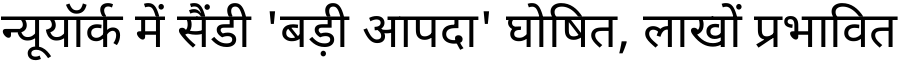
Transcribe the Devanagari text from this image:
न्यूयॉर्क में सैंडी 'बड़ी आपदा' घोषित, लाखों प्रभावित